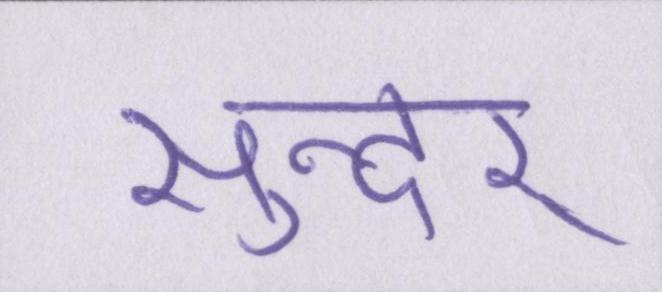
सुन्दर्